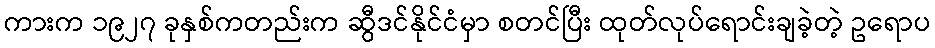
ကားက ၁၉၂၇ ခုနှစ်ကတည်းက ဆွီဒင်နိုင်ငံမှာ စတင်ပြီး ထုတ်လုပ်ရောင်းချခဲ့တဲ့ ဥရောပ